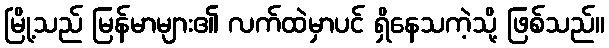
မြို့သည် မြန်မာများ၏ လက်ထဲမှာပင် ရှိနေသကဲ့သို့ ဖြစ်သည်။